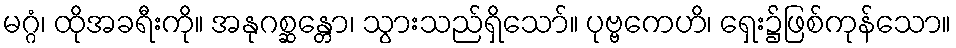
မဂ္ဂံ၊ ထိုအခရီးကို။ အနုဂစ္ဆန္တော၊ သွားသည်ရှိသော်။ ပုဗ္ဗကေဟိ၊ ရှေး၌ဖြစ်ကုန်သော။